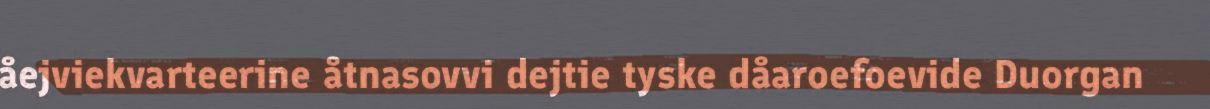
åejviekvarteerine åtnasovvi dejtie tyske dåaroefoevide Duorgan